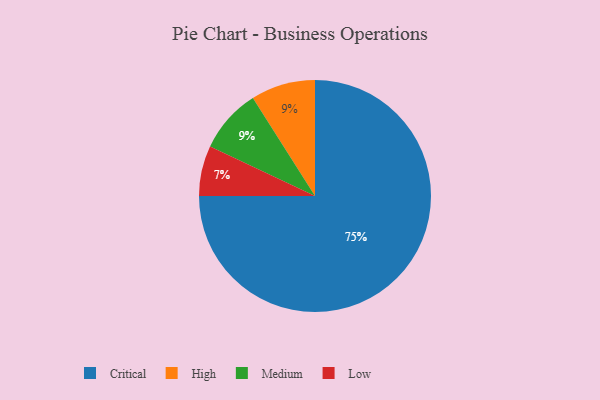
{"axis": {"x": "Category", "y": "Percentage"}, "legend": ["Critical", "High", "Low", "Medium"], "data": [{"x": "Low", "y": 7, "type": "Low"}, {"x": "Critical", "y": 75, "type": "Critical"}, {"x": "High", "y": 9, "type": "High"}, {"x": "Medium", "y": 9, "type": "Medium"}]}